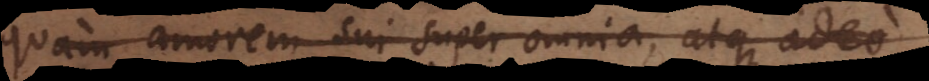
quam amorem sui super omnia, atque adeo